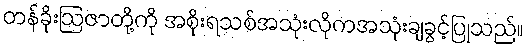
တန်ခိုးဩဇာတို့ကို အစိုးရသစ်အသုံးလိုကအသုံးချခွင့်ပြုသည်။